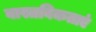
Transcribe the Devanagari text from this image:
वास्तविकताएं